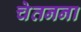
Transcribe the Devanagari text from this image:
चेतनना